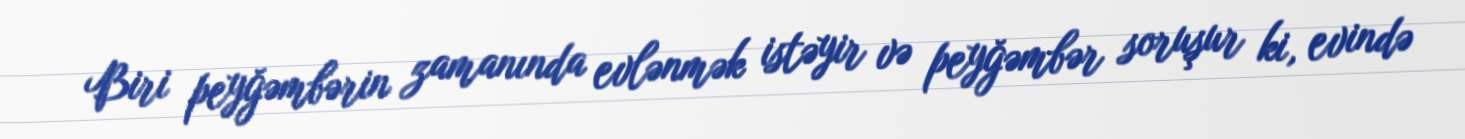
Biri peyğəmbərin zamanında evlənmək istəyir və peyğəmbər soruşur ki, evində